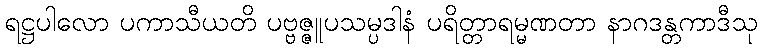
ရဋ္ဌပါလော ပကာသီယတိ ပဗ္ဗဇ္ဇူပသမ္ပဒါနံ ပရိတ္တာရမ္မဏတာ နာဂဒန္တကာဒီသု